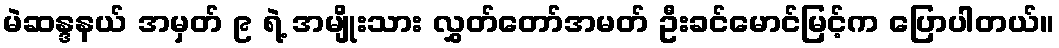
မဲဆန္ဒနယ် အမှတ် ၉ ရဲ့ အမျိုးသား လွှတ်တော်အမတ် ဦးခင်မောင်မြင့်က ပြောပါတယ်။